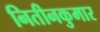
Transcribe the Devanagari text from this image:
नितीनकुमार